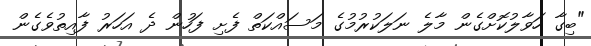
"ބިގާ ހަވާލުކޮށްގެން މާލެ ނަލަކުރުމުގެ މަސައްކަތް ފެށި ފަހުން ދެ އަހަރު ފާއިތުވެގެން